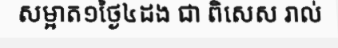
សម្អាត១ថ្ងៃ៤ដង ជា ពិសេស រាល់